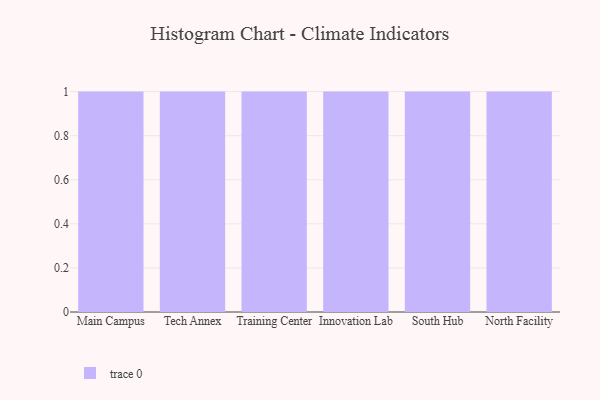
{"axis": {"x": "Campus", "y": "Conversion Rate (%)"}, "legend": [""], "data": [{"x": "Main Campus", "y": 97, "type": ""}, {"x": "Tech Annex", "y": 23, "type": ""}, {"x": "Training Center", "y": 99, "type": ""}, {"x": "Innovation Lab", "y": 6, "type": ""}, {"x": "South Hub", "y": 68, "type": ""}, {"x": "North Facility", "y": 13, "type": ""}]}